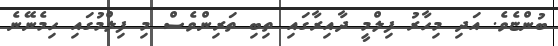
ބުންޏެވެ. އަދި މިހާރު ފިލްމީ ދާއިރާގައި ތިބި ތަރިންވެސް މި ފިލްމުގައި ހިމެނޭނެ